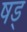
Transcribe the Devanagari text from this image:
षड्‍